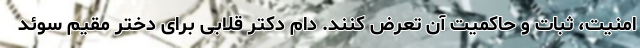
امنیت، ثبات و حاکمیت آن تعرض کنند. دام دکتر قلابی برای دختر مقیم سوئد